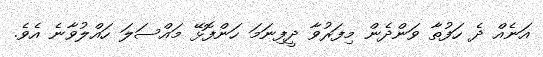
އަނެއް ދެ ހަފުތާ ވަންދެން މިފަރުވާ ދީފިނަމަ ހަންފޮޅޭ މައްސަލަ ހައްލުވާނެ އެވެ.